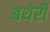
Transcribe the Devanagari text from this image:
बथेरी